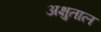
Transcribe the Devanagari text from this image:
अक्षुताल